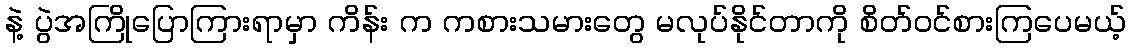
နဲ့ ပွဲအကြိုပြောကြားရာမှာ ကိန်း က ကစားသမားတွေ မလုပ်နိုင်တာကို စိတ်ဝင်စားကြပေမယ့်